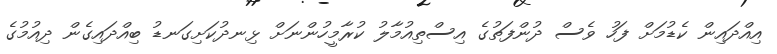
އިއްދައިން ކެޑުމަށް ފަހު ވެސް ދުންފަތުގެ އިސްތިއުމާލު ކުރާމީހުންނަށް ޅިނދުކަށިގަނޑު ބިއްދައިގެން ދިއުމުގެ